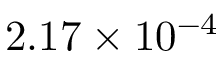
2 . 1 7 \times 1 0 ^ { - 4 }